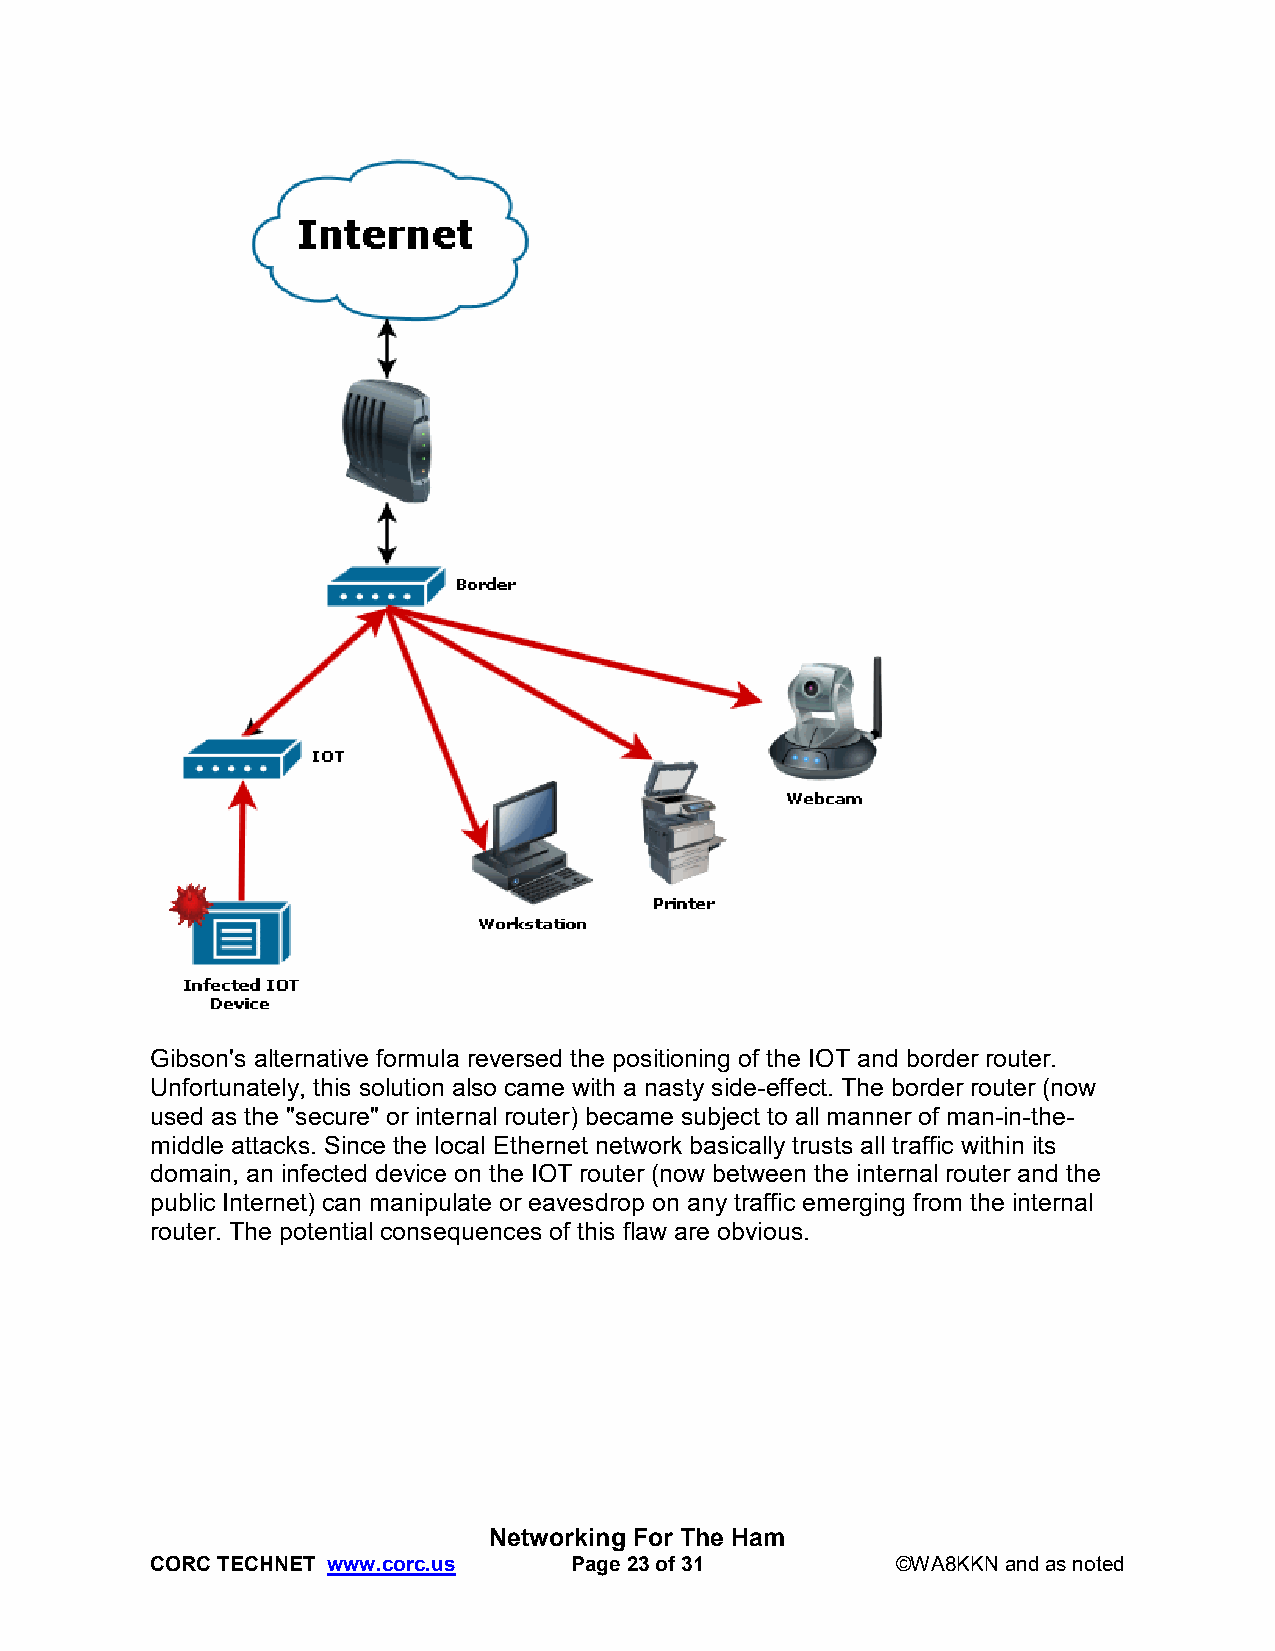
Gibson's alternative formula reversed the positioning of the IOT and border router.
 Unfortunately, this solution also came with a nasty side-effect. The border router (now
 used as the "secure" or internal router) became subject to all manner of man-in-the-
 middle attacks. Since the local Ethernet network basically trusts all traffic within its
 domain, an infected device on the IOT router (now between the internal router and the
 public Internet) can manipulate or eavesdrop on any traffic emerging from the internal
 router. The potential consequences of this flaw are obvious.
 Networking For The Ham
 CORC TECHNET www.corc.us    Page 23 of 31        ©WA8KKN and as noted